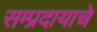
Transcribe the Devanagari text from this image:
सम्प्रदायाचे